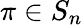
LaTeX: \pi\in S_{n}